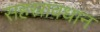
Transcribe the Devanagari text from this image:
सहस्रावधान